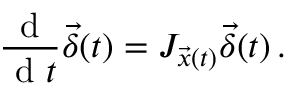
\frac { \mathrm { ~ d ~ } } { \mathrm { ~ d ~ } t } \vec { \delta } ( t ) = J _ { \vec { x } ( t ) } \vec { \delta } ( t ) \, .